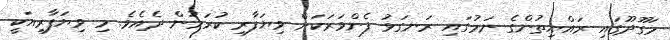
މަގޫދޫގައި ރައްޔިތުންގެ ނަމުގައި ރަނގަޅު ފެންވަރަކަށް ވިޔަފާރި ކުރަމުން ދެއެވެ. މި ވިޔަފާރިއަކީ